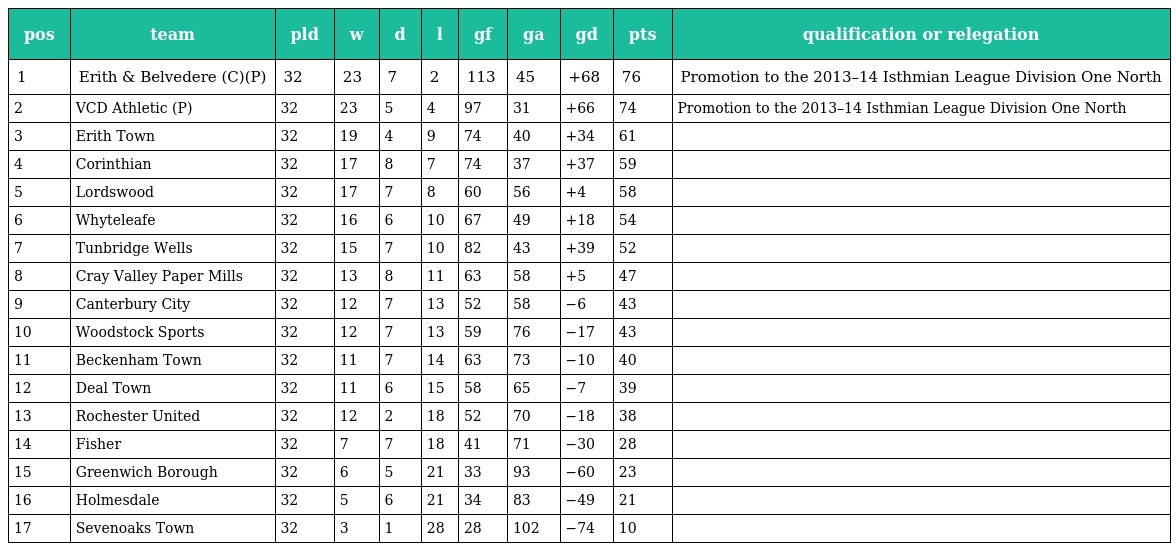
| pos | team | pld | w | d | l | gf | ga | gd | pts | qualification or relegation |
 | --- | --- | --- | --- | --- | --- | --- | --- | --- | --- | --- |
 | 1 | Erith & Belvedere (C)(P) | 32 | 23 | 7 | 2 | 113 | 45 | +68 | 76 | Promotion to the 2013–14 Isthmian League Division One North |
 | 2 | VCD Athletic (P) | 32 | 23 | 5 | 4 | 97 | 31 | +66 | 74 | Promotion to the 2013–14 Isthmian League Division One North |
 | 3 | Erith Town | 32 | 19 | 4 | 9 | 74 | 40 | +34 | 61 |  |
 | 4 | Corinthian | 32 | 17 | 8 | 7 | 74 | 37 | +37 | 59 |  |
 | 5 | Lordswood | 32 | 17 | 7 | 8 | 60 | 56 | +4 | 58 |  |
 | 6 | Whyteleafe | 32 | 16 | 6 | 10 | 67 | 49 | +18 | 54 |  |
 | 7 | Tunbridge Wells | 32 | 15 | 7 | 10 | 82 | 43 | +39 | 52 |  |
 | 8 | Cray Valley Paper Mills | 32 | 13 | 8 | 11 | 63 | 58 | +5 | 47 |  |
 | 9 | Canterbury City | 32 | 12 | 7 | 13 | 52 | 58 | −6 | 43 |  |
 | 10 | Woodstock Sports | 32 | 12 | 7 | 13 | 59 | 76 | −17 | 43 |  |
 | 11 | Beckenham Town | 32 | 11 | 7 | 14 | 63 | 73 | −10 | 40 |  |
 | 12 | Deal Town | 32 | 11 | 6 | 15 | 58 | 65 | −7 | 39 |  |
 | 13 | Rochester United | 32 | 12 | 2 | 18 | 52 | 70 | −18 | 38 |  |
 | 14 | Fisher | 32 | 7 | 7 | 18 | 41 | 71 | −30 | 28 |  |
 | 15 | Greenwich Borough | 32 | 6 | 5 | 21 | 33 | 93 | −60 | 23 |  |
 | 16 | Holmesdale | 32 | 5 | 6 | 21 | 34 | 83 | −49 | 21 |  |
 | 17 | Sevenoaks Town | 32 | 3 | 1 | 28 | 28 | 102 | −74 | 10 |  |